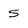
Character: S